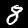
Label: 8